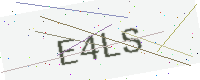
Text: E4LS